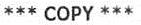
*** COPY ***